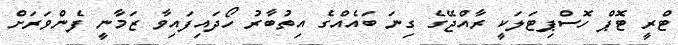
ޓްރީ ޓޮޕް ހޮސްޕިޓަލަކީ ރާއްޖޭގެ ގިނަ ބައެއްގެ އިތުބާރު ހޯދައިފައިވާ ޒަމާނީ ފެންވަރަށް